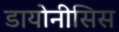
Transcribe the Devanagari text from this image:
डायोनीसिस